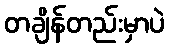
တချိန်တည်းမှာပဲ